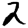
Digit: 2